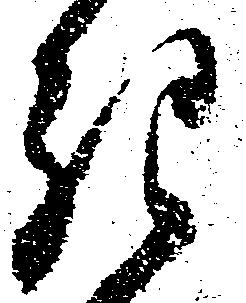
き